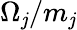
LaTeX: \Omega_{\mathit{j}}/m_{\mathit{j}}